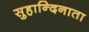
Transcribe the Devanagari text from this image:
सुहान्दिनाता